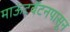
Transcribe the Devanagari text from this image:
माऊंटबॅटनपासून